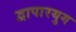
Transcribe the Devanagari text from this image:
द्वापारयुग